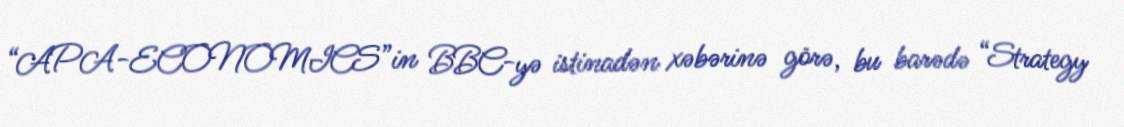
“APA-ECONOMICS”in BBC-yə istinadən xəbərinə görə, bu barədə “Strategy